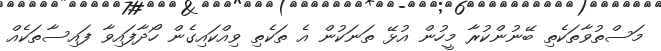
މަސްތުވާތަކެތި ބޭނުންކުރާ މީހުން އުޅޭ ތަނަކުން އެ ތަކެތި ވިއްކައިގެން ހޯދާފައިވާ ފައިސާތަކެއް